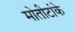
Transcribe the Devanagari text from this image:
मोतीटांके